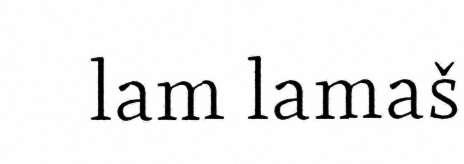
lam lamaš